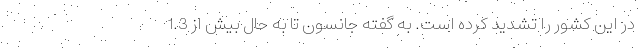
در این کشور را تشدید کرده است. به گفته جانسون تا به حال بیش از 1.3